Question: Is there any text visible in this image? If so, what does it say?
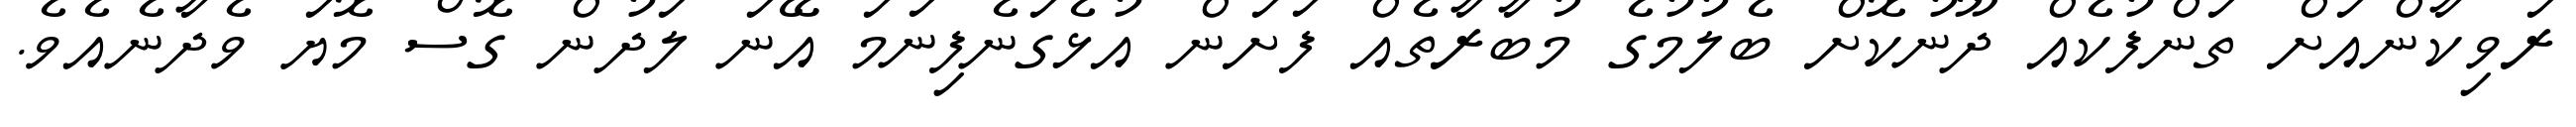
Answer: ރަވިކާންއަށް ތަންފުކެއް ދޫނުކޮށް ބެލުމުގެ މުބާރާތެއް ފަށަން އުޅެގަނެފިނަމަ އޭނަ ލަދުން ގޮސް މޮޔަ ވެދާނެއެވެ.